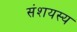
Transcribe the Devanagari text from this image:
संशयस्य